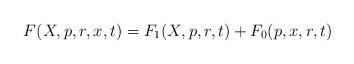
LaTeX: \begin{align*}F(X,p,r,x,t) = F_1(X,p,r,t) + F_0(p,x,r,t)\end{align*}